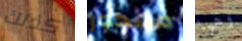
كذلك مهجور وهيا